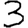
Digit: 3